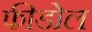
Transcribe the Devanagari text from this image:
फीडोल